system: You are a helpful assistant.
user:
Analyze the provided spectrum to determine if it is a **Carbon Star (C-type)**.

- **Key Visual Indicators of Carbon Star:**
    - **(Primary):** Strong molecular absorption from **C₂ (diatomic carbon) "Swan Bands."** This is the **defining feature** of a carbon star.
        - **(Key Bandheads):** Sharp absorption edges are visible at approximately $5635$ Å, $5165$ Å (the strongest band), and $4737$ Å.
        - **(Line Profile):** Creates a distinct **"saw-tooth"** pattern. The key morphology is a sharp, steep bandhead on the **red (long-wavelength) side**, which then gradually tapers off (i.e., flux recovers) towards the **blue (short-wavelength) side**. *(This is the direct opposite of the TiO bands seen in M-type stars)*.

    - **(Secondary):** Intense **CN (cyanogen)** molecular absorption bands.
        - **(Key Bandheads):** Located in the blue and violet regions of the spectrum (e.g., near $4215$ Å and $3883$ Å).
        - **(Morphology):** These bands are extremely broad and act as a "blanket," absorbing the vast majority of blue and violet light. This creates a characteristic **"cliff"** or **"steep drop-off"** in the spectrum's flux at short wavelengths.

    - **(Key Confirmation):** Strong **CH absorption band (G-band)**.
        - **(Key Bandhead):** Located around $4300$ Å. The contribution from CH molecules to this band is exceptionally strong.

    - **(Overall Spectrum):**
        - The continuum is severely "chopped up" by these deep molecular bands, especially C₂, rather than appearing as a smooth curve.
        - Due to the heavy CN and C₂ absorption in the blue-green, the vast majority of the star's flux is concentrated in the red part of the spectrum, giving the star its characteristic deep red color.

Think first, call **spectral_visualization_tool** if needed to examine features in detail, then provide your final answer. Your response must adhere to the following strict rules:
1.  **Overall Structure:** Your response must follow the format `<think>...</think> <tool_call>...</tool_call> (if a tool is used) <answer>...</answer>`.
2.  **Tool Usage Constraint:** You may only make **one** tool call per turn.
3.  **Final Answer Format:** In the `<answer>` tag, your conclusion must be inside a `\boxed{}` command (e.g., `\boxed{YES}`), followed by your justification.

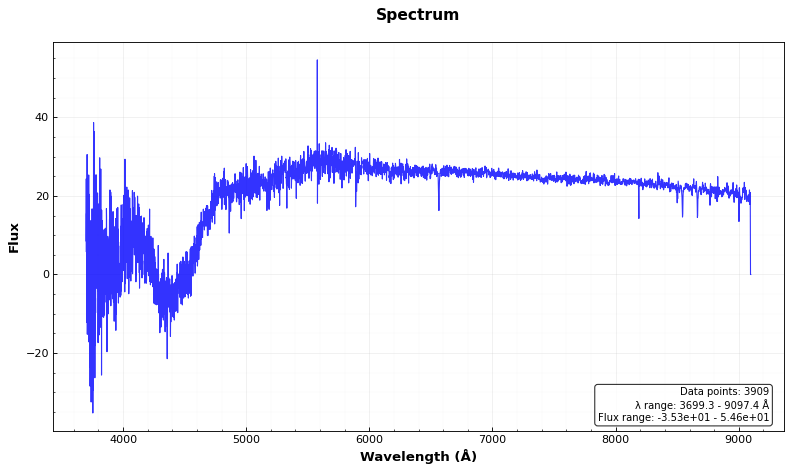
Answer: NO